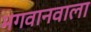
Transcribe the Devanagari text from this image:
भगवानवाला